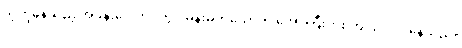
သူတို့နေသည့် အခန်းပေါက်ဝတွင် မိန်းမတယောက် အော်ကြီးဟစ်ကျယ် လုပ်နေသည်။